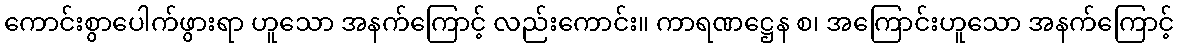
ကောင်းစွာပေါက်ဖွားရာ ဟူသော အနက်ကြောင့် လည်းကောင်း။ ကာရဏဋ္ဌေန စ၊ အကြောင်းဟူသော အနက်ကြောင့်